Report of the Indian Hemp Drugs Commission, 1894-1895 - Volume VI
Year: 1894
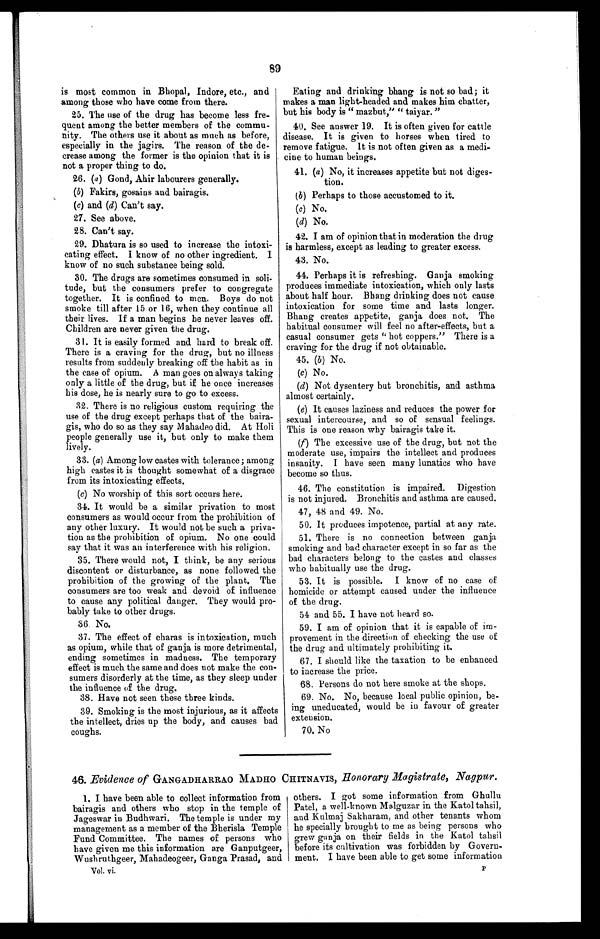
89
is most common in Bhopal, Indore, etc., and
among those who have come from there.
25. The use of the drug has become less fre-
quent among the better members of the commu-
nity. The others use it about as much as before,
especially in the jagirs. The reason of the de-
crease among the former is the opinion that it is
not a proper thing to do.
26. (a) Gond, Ahir labourers generally.
(b) Fakirs, gosains and bairagis.
(c) and (d) Can't say.
27. See above.
28. Can't say.
29. Dhatura is so used to increase the intoxi-
cating effect. I know of no other ingredient. I
know of no such substance being sold.
30. The drugs are sometimes consumed in soli-
tude, but the consumers prefer to congregate
together. It is confined to men. Boys do not
smoke till after 15 or 16, when they continue all
their lives. If a man begins he never leaves off.
Children are never given the drug.
31. It is easily formed and hard to break off.
There is a craving for the drug, but no illness
results from suddenly breaking off the habit as in
the case of opium. A man goes on always taking
only a little of the drug, but if he once increases
his dose, he is nearly sure to go to excess.
32. There is no religious custom requiring the
use of the drug except perhaps that of the baira-
gis, who do so as they say Mahadeo did. At Holi
people generally use it, but only to make them
lively.
33. (a) Among low castes with tolerance; among
high castes it is thought somewhat of a disgrace
from its intoxicating effects.
(c) No worship of this sort occurs here.
34. It would be a similar privation to most
consumers as would occur from the prohibition of
any other luxury. It would not be such a priva-
tion as the prohibition of opium. No one could
say that it was an interference with his religion.
35. There would not, I think, be any serious
discontent or disturbance, as none followed the
prohibition of the growing of the plant. The
consumers are too weak and devoid of influence
to cause any political danger. They would pro-
bably take to other drugs.
3 6 . N o .
37. The effect of charas is intoxication, much
as opium, while that of ganja is more detrimental,
ending sometimes in madness. The temporary
effect is much the same and does not make the con-
sumers disorderly at the time, as they sleep under
the influence of the drug.
38. Have not seen these three kinds.
39. Smoking is the most injurious, as it affects
the intellect, dries up the body, and causes bad
coughs.
Eating and drinking bhang is not so bad; it
makes a man light-headed and makes him chatter,
but his body is " mazbut," " taiyar."
40. See answer 19. It is often given for cattle
disease. It is given to horses when tired to
remove fatigue. It is not often given as a medi-
cine to human beings.
41. (a) No, it increases appetite but not diges-
tion.
(b) Perhaps to those accustomed to it.
(c) No.
(d) No.
42. I am of opinion that in moderation the drug
is harmless, except as leading to greater excess.
43. No.
44. Perhaps it is refreshing. Ganja smoking
produces immediate intoxication, which only lasts
about half hour. Bhang drinking does not cause
intoxication for some time and lasts longer.
Bhang creates appetite, ganja does not. The
habitual consumer will feel no after-effects, but a
casual consumer gets " hot coppers." There is a
craving for the drug if not obtainable.
45. (b) No.
(c) No.
(d) Not dysentery but bronchitis, and asthma
almost certainly.
(e) It causes laziness and reduces the power for
sexual intercourse, and so of sensual feelings.
This is one reason why bairagis take it.
(f) The excessive use of the drug, but not the
moderate use, impairs the intellect and produces
insanity. I have seen many lunatics who have
become so thus.
46. The constitution is impaired. Digestion
is not injured. Bronchitis and asthma are caused.
47, 48 and 49. No.
50. It produces impotence, partial at any rate.
51. There is no connection between ganja,
smoking and bad character except in so far as the
bad characters belong to the castes and classes
who habitually use the drug.
53. It is possible. I know of no case of
homicide or attempt caused under the influence
of the drug.
54 and 55. I have not heard so.
59. I am of opinion that it is capable of im-
provement in the direction of checking the use of
the drug and ultimately prohibiting it.
67. I should like the taxation to be enhanced
to increase the price.
68. Persons do not here smoke at the shops.
69. No. No, because local public opinion, be-
ing uneducated, would be in favour of greater
extension.
70. No
46. Evidence of GANGADHARRAO MADHO CHITNAVIS , Honorary Magistrate, Nagpur.
1. I have been able to collect information from
bairagis and others who stop in the temple of
Jageswar in Budhwari. The temple is under my
management as a member of the Bherisla Temple
Fund Committee. The names of persons who
have given me this information are Ganputgeer,
Wushruthgeer, Mahadeogeer, Ganga Prasad, and
Vol. vi.
others. I got some information from Ghullu
Patel, a well-known Malguzar in the Katol tahsil,
and Kulmaj Sakharam, and other tenants whom
he specially brought to me as being persons who
grew ganja on their fields in the Katol tahsil
before its cultivation was forbidden by Govern-
ment. I have been able to get some information